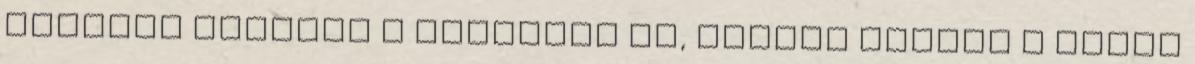
illetve magukon a partokon is, melyek felett a helyi